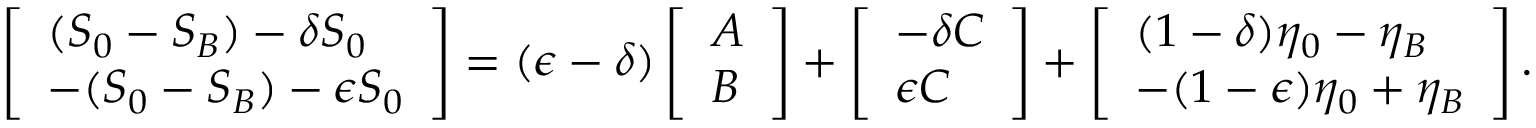
\left[ \begin{array} { l } { ( S _ { 0 } - S _ { B } ) - \delta S _ { 0 } } \\ { - ( S _ { 0 } - S _ { B } ) - \epsilon S _ { 0 } } \end{array} \right] = ( \epsilon - \delta ) \left[ \begin{array} { l } { A } \\ { B } \end{array} \right] + \left[ \begin{array} { l } { - \delta C } \\ { \epsilon C } \end{array} \right] + \left[ \begin{array} { l } { ( 1 - \delta ) \eta _ { 0 } - \eta _ { B } } \\ { - ( 1 - \epsilon ) \eta _ { 0 } + \eta _ { B } } \end{array} \right] .